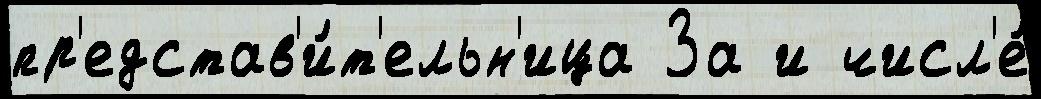
пр'едстав'и́т'ельн'ица За и числ'е́